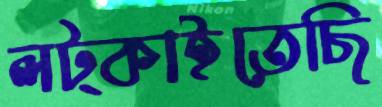
লট্‌কাইতেছি